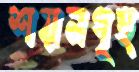
শয়নগৃহ